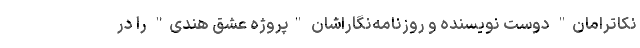
نکاترامان" دوست نویسنده و روزنامه‌نگاراشان "پروژه عشق هندی" را در